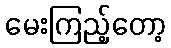
မေးကြည့်တော့